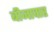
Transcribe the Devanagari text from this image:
बीजापार